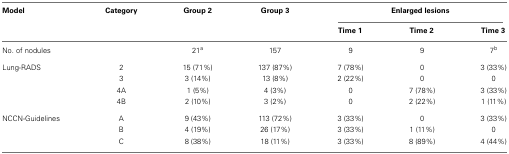
<table><thead><tr><td><b>Model</b></td><td><b>Category</b></td><td><b>Group 2</b></td><td><b>Group 3</b></td><td colspan="3"><b>Enlarged lesions</b></td></tr><tr><td></td><td></td><td></td><td></td><td><b>Time 1</b></td><td><b>Time 2</b></td><td><b>Time 3</b></td></tr></thead><tbody><tr><td>No. of nodules</td><td></td><td>21<sup>a</sup></td><td>157</td><td>9</td><td>9</td><td>7<sup>b</sup></td></tr><tr><td>Lung-RADS</td><td>2</td><td>15 (71%)</td><td>137 (87%)</td><td>7 (78%)</td><td>0</td><td>3 (33%)</td></tr><tr><td></td><td>3</td><td>3 (14%)</td><td>13 (8%)</td><td>2 (22%)</td><td>0</td><td>0</td></tr><tr><td></td><td>4A</td><td>1 (5%)</td><td>4 (3%)</td><td>0</td><td>7 (78%)</td><td>3 (33%)</td></tr><tr><td></td><td>4B</td><td>2 (10%)</td><td>3 (2%)</td><td>0</td><td>2 (22%)</td><td>1 (11%)</td></tr><tr><td>NCCN-Guidelines</td><td>A</td><td>9 (43%)</td><td>113 (72%)</td><td>3 (33%)</td><td>0</td><td>3 (33%)</td></tr><tr><td></td><td>B</td><td>4 (19%)</td><td>26 (17%)</td><td>3 (33%)</td><td>1 (11%)</td><td>0</td></tr><tr><td></td><td>C</td><td>8 (38%)</td><td>18 (11%)</td><td>3 (33%)</td><td>8 (89%)</td><td>4 (44%)</td></tr></tbody></table>